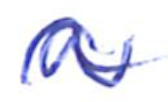
Text: a
Cross-out: wave
Writing tool: ballpoint